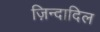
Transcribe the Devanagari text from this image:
ज़िन्दादिल